Insane asylums in Bengal annual reports 1867-1875 - 1867-1875
Year: 1867
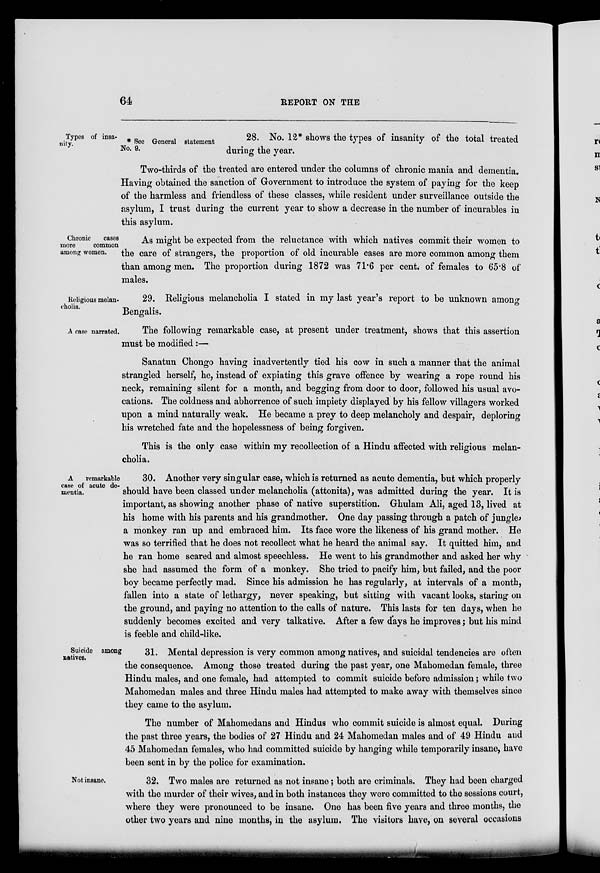
64
REPORT ON THE
Types of insa¬
nity.
* See General statement
No. 9.
28. No. 12* shows the types of insanity of the total treated
during the year.
Two-thirds of the treated are entered under the columns of chronic mania and dementia.
Having obtained the sanction of Government to introduce the system of paying for the keep
of the harmless and friendless of these classes, while resident under surveillance outside the
asylum, I trust during the current year to show a decrease in the number of incurables in
this asylum.
Chronic
cases
more
common
among women.
As might be expected from the reluctance with which natives commit their women to
the care of strangers, the proportion of old incurable cases are more common among them
than among men. The proportion during 1872 was 71.6 per cent. of females to 65.8 of
males.
Religious melan-
cholia.
29. Religious melancholia I stated in my last year's report to be unknown among
Bengalis.
A case narrated.
The following remarkable case, at present under treatment, shows that this assertion
must be modified:—
Sanatun Chongo having inadvertently tied his cow in such a manner that the animal
strangled herself, he, instead of expiating this grave offence by wearing a rope round his
neck, remaining silent for a month, and begging from door to door, followed his usual avo¬
cations. The coldness and abhorrence of such impiety displayed by his fellow villagers worked
upon a mind naturally weak. He became a prey to deep melancholy and despair, deploring
his wretched fate and the hopelessness of being forgiven.
This is the only case within my recollection of a Hindu affected with religious melan-
cholia.
A
remarkable
case of acute de-
mentia.
30. Another very singular case, which is returned as acute dementia, but which properly
should have been classed under melancholia (attonita), was admitted during the year. It is
important, as showing another phase of native superstition. Ghulam Ali, aged 13, lived at
his home with his parents and his grandmother. One day passing through a patch of jungle,
a monkey ran up and embraced him. Its face wore the likeness of his grand mother. He
was so terrified that he does not recollect what he heard the animal say. It quitted him, and
he ran home scared and almost speechless. He went to his grandmother and asked her why
she had assumed the form of a monkey. She tried to pacify him, but failed, and the poor
boy became perfectly mad. Since his admission he has regularly, at intervals of a month,
fallen into a state of lethargy, never speaking, but sitting with vacant looks, staring on
the ground, and paying no attention to the calls of nature. This lasts for ten days, when he
suddenly becomes excited and very talkative. After a few days he improves; but his mind
is feeble and child-like.
Suicide among
natives.
31. Mental depression is very common among natives, and suicidal tendencies are often
the consequence. Among those treated during the past year, one Mahomedan female, three
Hindu males, and one female, had attempted to commit suicide before admission; while two
Mahomedan males and three Hindu males had attempted to make away with themselves since
they came to the asylum.
The number of Mahomedans and Hindus who commit suicide is almost equal. During
the past three years, the bodies of 27 Hindu and 24 Mahomedan males and of 49 Hindu and
45 Mahomedan females, who had committed suicide by hanging while temporarily insane, have
been sent in by the police for examination.
Not insane.
32. Two males are returned as not insane; both are criminals. They had been charged
with the murder of their wives, and in both instances they were committed to the sessions court,
where they were pronounced to be insane. One has been five years and three months, the
other two years and nine months, in the asylum. The visitors have, on several occasions